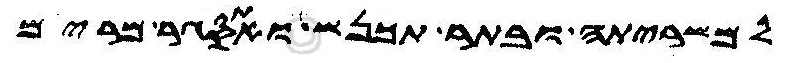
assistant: למשריתה ובתר תכנש ואתסגרת מרים